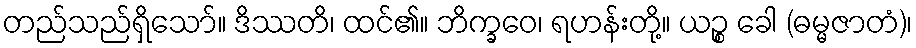
တည်သည်ရှိသော်။ ဒိဿတိ၊ ထင်၏။ ဘိက္ခဝေ၊ ရဟန်းတို့။ ယဉ္စ ခေါ (ဓမ္မဇာတံ)၊